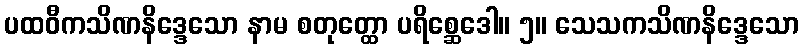
ပထဝီကသိဏနိဒ္ဒေသော နာမ စတုတ္ထော ပရိစ္ဆေဒေါ။ ၅။ သေသကသိဏနိဒ္ဒေသော